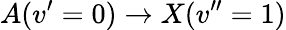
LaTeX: A(v^{\prime}=0)\rightarrow X(v^{\prime\prime}=1)